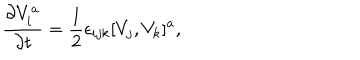
LaTeX: { \frac { \partial V _ { i } ^ { a } } { \partial t } } = { \frac { 1 } { 2 } } \epsilon _ { i j k } [ V _ { j } , V _ { k } ] ^ { a } ,